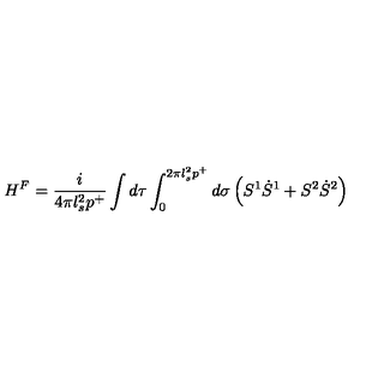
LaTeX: H ^ { F } = \frac { i } { 4 \pi l _ { s } ^ { 2 } p ^ { + } } \int d \tau \int _ { 0 } ^ { 2 \pi l _ { s } ^ { 2 } p ^ { + } } d \sigma \left( S ^ { 1 } \dot { S } ^ { 1 } + S ^ { 2 } \dot { S } ^ { 2 } \right)